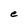
Character: e